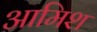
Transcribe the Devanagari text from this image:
आमिश